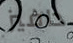
دافيز